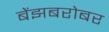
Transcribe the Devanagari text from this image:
बेंझबरोबर